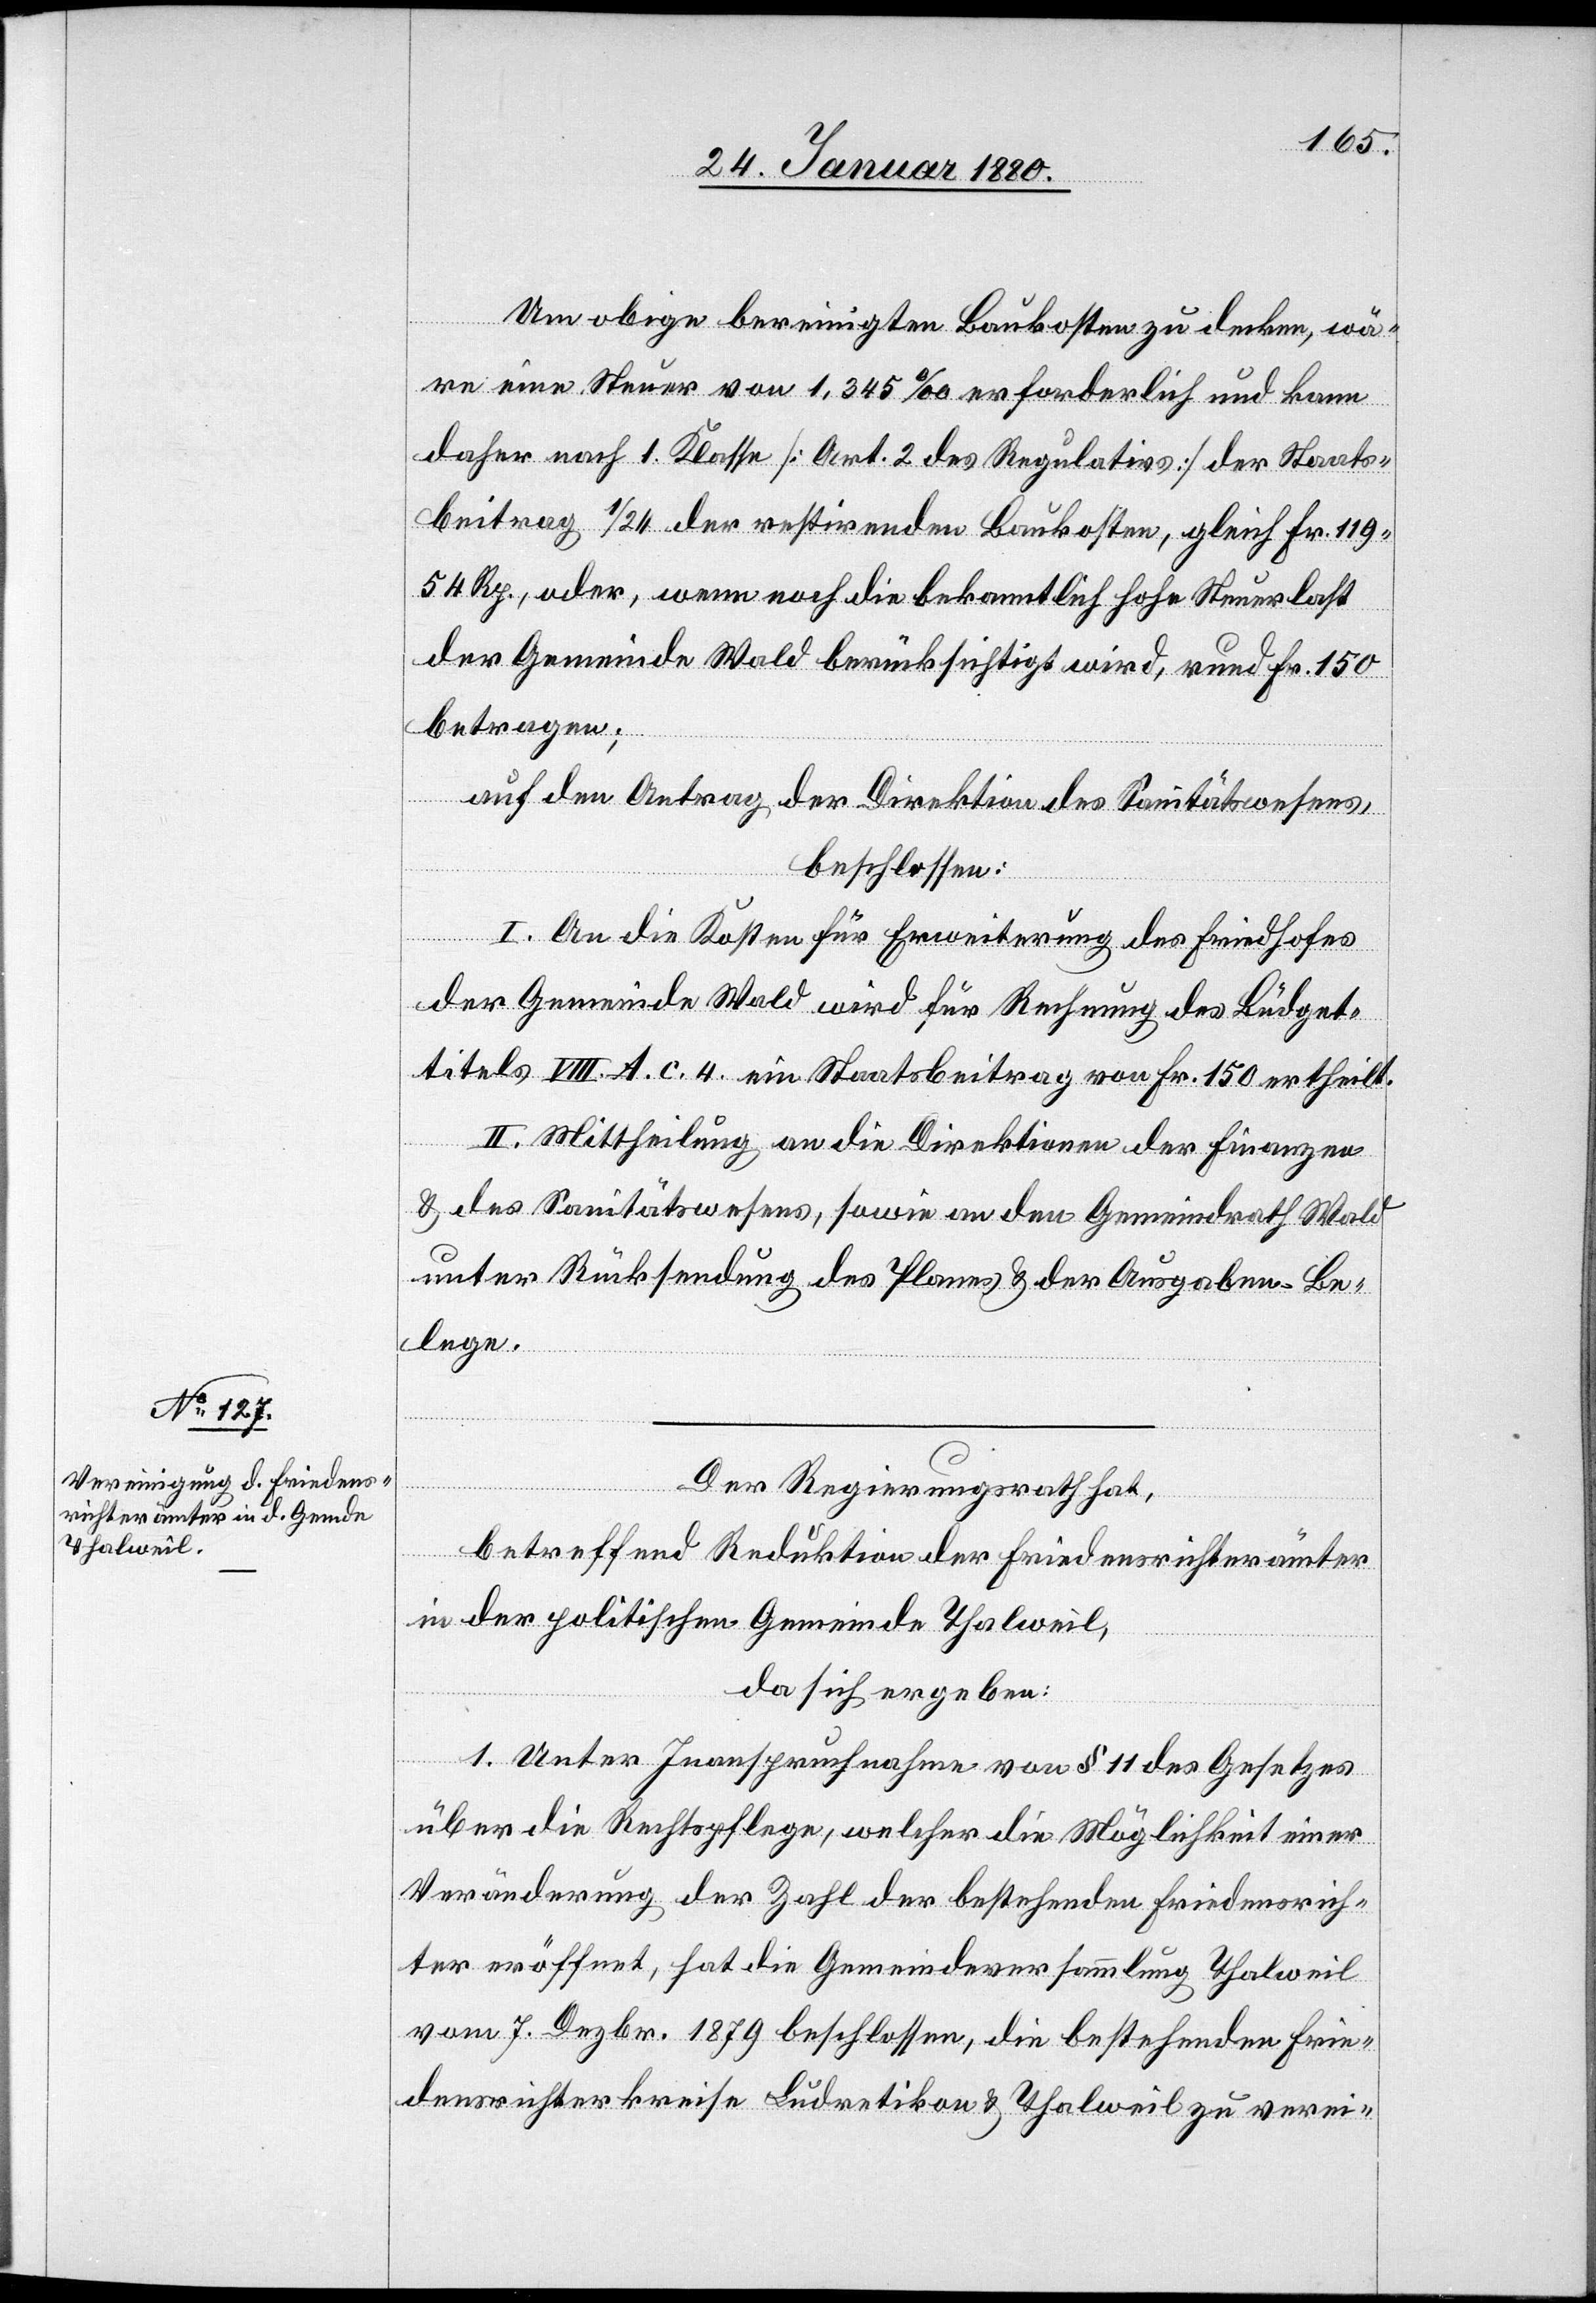
Um obige bereinigten Baukosten zu decken, wä¬
re eine Steuer von 1,345 ‰ erforderlich und kann
daher nach 1. Klasse [Art. 2 des Regulativs] der Staats¬
beitrag 1/24 der restirenden Baukosten, gleich Fr. 119.
54 Rp., oder, wenn noch die bekanntlich hohe Steuerlast
der Gemeinde Wald berücksichtigt wird, rund Fr. 150
betragen;
auf den Antrag der Direktion des Sanitätswesens,
beschlossen:
I. An die Kosten für Erweiterung des Friedhofes
der Gemeinde Wald wird für Rechnung des Büdget¬
titels VIII. A. c. 4. ein Staatsbeitrag von Fr. 150 ertheilt.
II. Mittheilung an die Direktionen der Finanzen
& des Sanitätswesens, sowie an den Gemeindrath Wald
unter Rücksendung des Planes & der Ausgaben-Be¬
lege.
Der Regierungsrath hat,
betreffend Reduktion der Friedensrichterämter
in der politischen Gemeinde Thalweil,
da sich ergeben:
1. Unter Inanspruchnahme von § 11 des Gesetzes
über die Rechtspflege, welcher die Möglichkeit einer
Veränderung der Zahl der bestehenden Friedensrich¬
ter eröffnet, hat die Gemeindeversammlung Thalweil
vom 7. Dezbr. 1879 beschlossen, die bestehenden Frie¬
densrichterkreise Ludretikon & Thalweil zu verei-